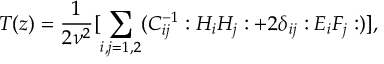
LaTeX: T ( z ) = \frac { 1 } { 2 \nu ^ { 2 } } [ \sum _ { i , j = 1 , 2 } ( C _ { i j } ^ { - 1 } : H _ { i } H _ { j } : + 2 \delta _ { i j } : E _ { i } F _ { j } : ) ] ,